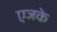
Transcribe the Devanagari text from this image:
एजके